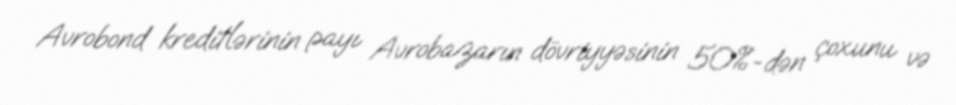
Avrobond kreditlərinin payı Avrobazarın dövriyyəsinin 50%-dən çoxunu və